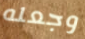
وجعله